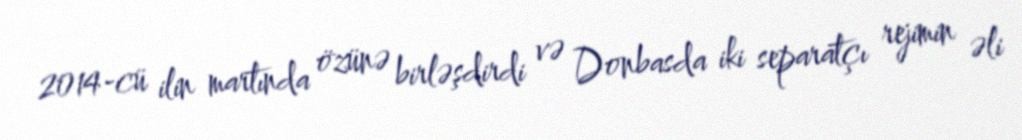
2014-cü ilin martında özünə birləşdirdi və Donbasda iki separatçı rejimin əli